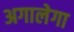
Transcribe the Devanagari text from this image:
अगालेगा